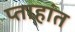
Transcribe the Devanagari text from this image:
प्ताहांत